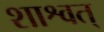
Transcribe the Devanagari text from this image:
शाश्वत्‌